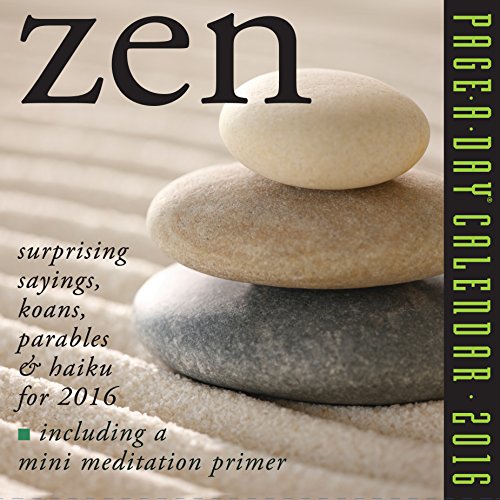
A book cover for Zen Page-A-Day Calendar 2016; David Schiller; Politics & Social Sciences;